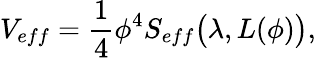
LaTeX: V_{eff}={\frac{1}{4}}\phi^{4}S_{eff}{\big(}\lambda,L(\phi){\big)},